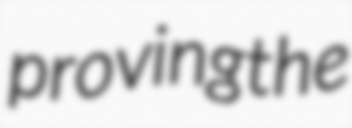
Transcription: proving the